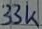
Text: 33k